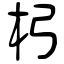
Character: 杛